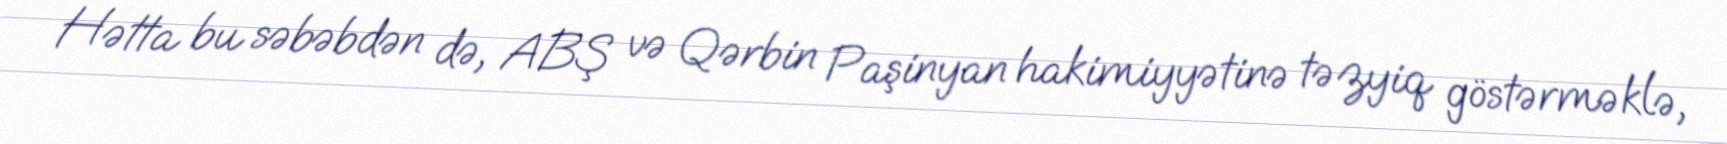
Hətta bu səbəbdən də, ABŞ və Qərbin Paşinyan hakimiyyətinə təzyiq göstərməklə,